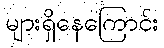
များရှိနေကြောင်း